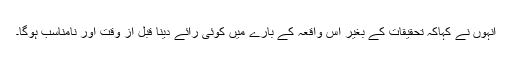
انہوں نے کہاکہ تحقیقات کے بغیر اس واقعہ کے بارے میں کوئی رائے دینا قبل از وقت اور نامناسب ہوگا۔